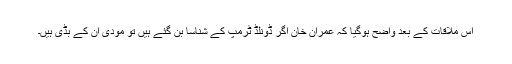
اس ملاقات کے بعد واضح ہوگیا کہ عمران خان اگر ڈونلڈ ٹرمپ کے شناسا بن گئے ہیں تو مودی ان کے بڈی ہیں۔